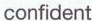
confident